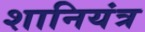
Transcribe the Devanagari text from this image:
शानियंत्र